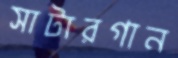
সাটারগান